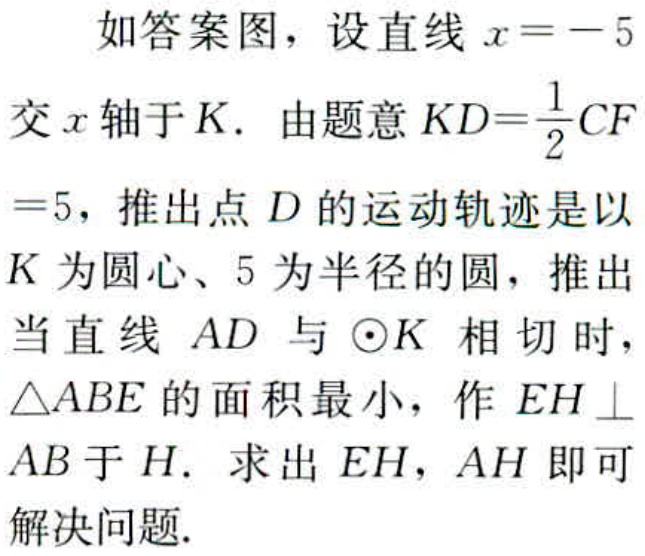
如答案图，设直线 \(x = - 5\) 交 \(x\) 轴于 \(K\). 由题意 \(KD=\frac{1}{2}CF = 5\)，推出点 \(D\) 的运动轨迹是以 \(K\) 为圆心、\(5\) 为半径的圆，推出当直线 \(AD\) 与 \(\odot K\) 相切时，\(\triangle ABE\) 的面积最小，作 \(EH\perp AB\) 于 \(H\). 求出 \(EH\)，\(AH\) 即可解决问题.